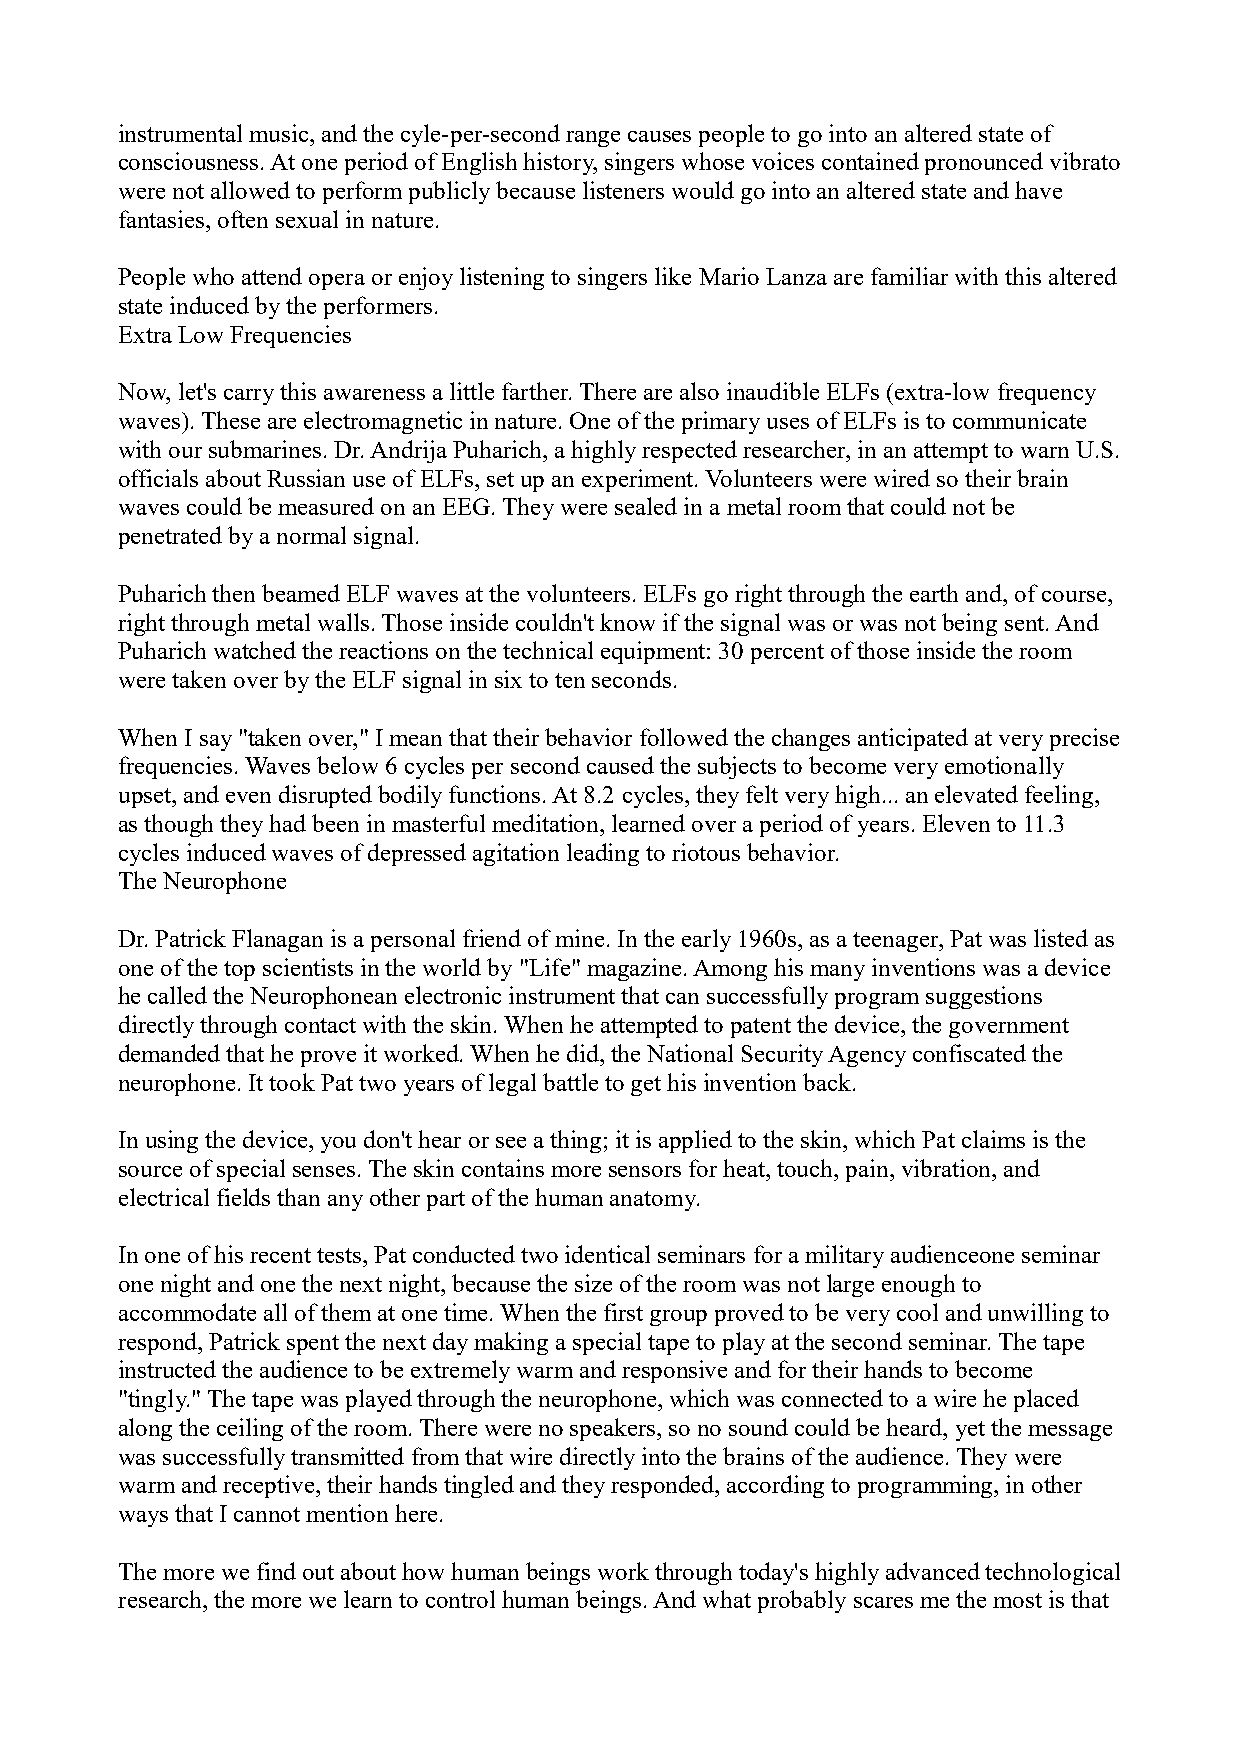
instrumental music, and the cyle-per-second range causes people to go into an altered state of
 consciousness. At one period of English history, singers whose voices contained pronounced vibrato
 were not allowed to perform publicly because listeners would go into an altered state and have
 fantasies, often sexual in nature.
 People who attend opera or enjoy listening to singers like Mario Lanza are familiar with this altered
 state induced by the performers.
 Extra Low Frequencies
 Now, let's carry this awareness a little farther. There are also inaudible ELFs (extra-low frequency
 waves). These are electromagnetic in nature. One of the primary uses of ELFs is to communicate
 with our submarines. Dr. Andrija Puharich, a highly respected researcher, in an attempt to warn U.S.
 officials about Russian use of ELFs, set up an experiment. Volunteers were wired so their brain
 waves could be measured on an EEG. They were sealed in a metal room that could not be
 penetrated by a normal signal.
 Puharich then beamed ELF waves at the volunteers. ELFs go right through the earth and, of course,
 right through metal walls. Those inside couldn't know if the signal was or was not being sent. And
 Puharich watched the reactions on the technical equipment: 30 percent of those inside the room
 were taken over by the ELF signal in six to ten seconds.
 When I say "taken over," I mean that their behavior followed the changes anticipated at very precise
 frequencies. Waves below 6 cycles per second caused the subjects to become very emotionally
 upset, and even disrupted bodily functions. At 8.2 cycles, they felt very high... an elevated feeling,
 as though they had been in masterful meditation, learned over a period of years. Eleven to 11.3
 cycles induced waves of depressed agitation leading to riotous behavior.
 The Neurophone
 Dr. Patrick Flanagan is a personal friend of mine. In the early 1960s, as a teenager, Pat was listed as
 one of the top scientists in the world by "Life" magazine. Among his many inventions was a device
 he called the Neurophonean electronic instrument that can successfully program suggestions
 directly through contact with the skin. When he attempted to patent the device, the government
 demanded that he prove it worked. When he did, the National Security Agency confiscated the
 neurophone. It took Pat two years of legal battle to get his invention back.
 In using the device, you don't hear or see a thing; it is applied to the skin, which Pat claims is the
 source of special senses. The skin contains more sensors for heat, touch, pain, vibration, and
 electrical fields than any other part of the human anatomy.
 In one of his recent tests, Pat conducted two identical seminars for a military audienceone seminar
 one night and one the next night, because the size of the room was not large enough to
 accommodate all of them at one time. When the first group proved to be very cool and unwilling to
 respond, Patrick spent the next day making a special tape to play at the second seminar. The tape
 instructed the audience to be extremely warm and responsive and for their hands to become
 "tingly." The tape was played through the neurophone, which was connected to a wire he placed
 along the ceiling of the room. There were no speakers, so no sound could be heard, yet the message
 was successfully transmitted from that wire directly into the brains of the audience. They were
 warm and receptive, their hands tingled and they responded, according to programming, in other
 ways that I cannot mention here.
 The more we find out about how human beings work through today's highly advanced technological
 research, the more we learn to control human beings. And what probably scares me the most is that